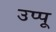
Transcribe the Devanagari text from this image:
उप्पू